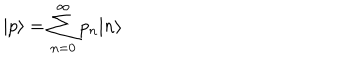
| p \rangle = \sum _ { n = 0 } ^ { \infty } p _ { n } | n \rangle